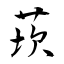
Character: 莰